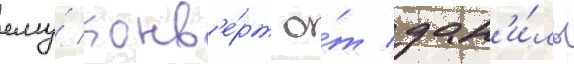
ему́ конв'е́рт о́т дан'и́лы